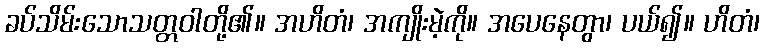
ခပ်သိမ်းသောသတ္တဝါတို့၏။ အဟိတံ၊ အကျိုးမဲ့ကို။ အပေနေတွာ၊ ပယ်၍။ ဟိတံ၊